Indian journal of veterinary science and animal husbandry - Volume 10,
Year: 1940
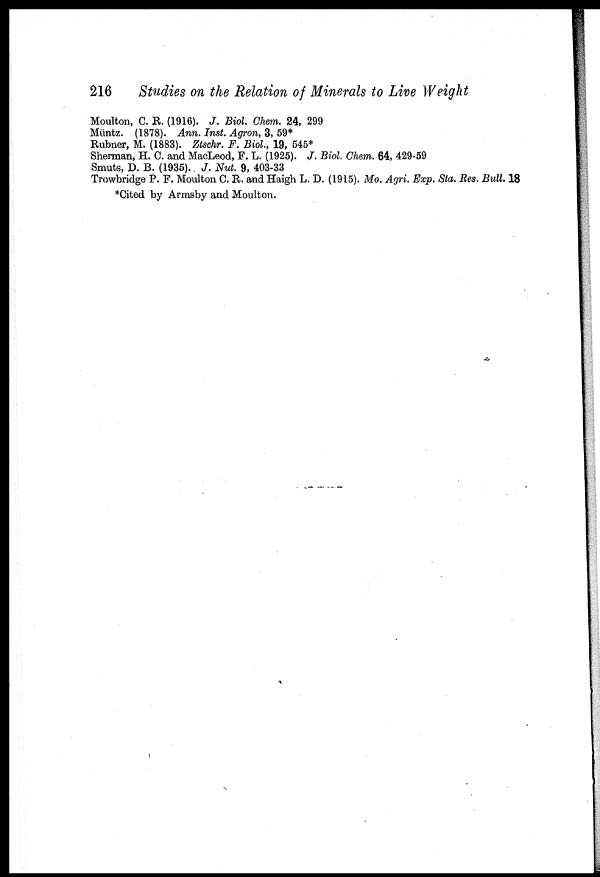
216
Studies on the Relation of Minerals to Live Weight
Moulton, C. R. (1916). J. Biol. Chem. 24, 299
Müntz. (1878). Ann. Inst. Agron, 3, 59*
Rubner, M. (1883). Ztschr. F. Biol., 19, 545*
Sherman, H. C. and MacLeod, F. L. (1925). J. Biol. Chem. 64, 429-59
Smuts, D. B. (1935).. J. Nut. 9, 403-33
Trowbridge P. F. Moulton C. R. and Haigh L. D. (1915). Mo. Agri. Exp. Sta. Res. Bull. 18
*Cited by Armsby and Moulton.